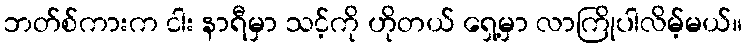
ဘတ်စ်ကားက ငါး နာရီမှာ သင့်ကို ဟိုတယ် ရှေ့မှာ လာကြိုပါလိမ့်မယ်။